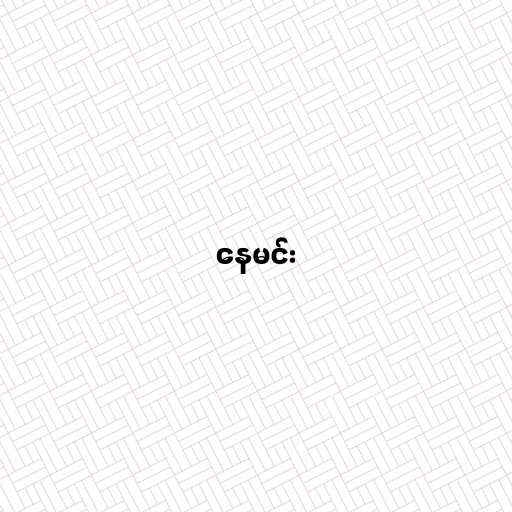
နေမင်း